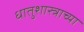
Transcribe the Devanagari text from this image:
धातुशास्त्राच्या